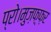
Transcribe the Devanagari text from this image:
प्रो।मुज़फ़्फ़र